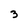
Character: 3